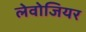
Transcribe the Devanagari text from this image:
लेवोजियर